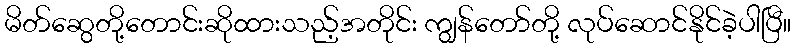
မိတ်ဆွေတို့တောင်းဆိုထားသည့်အတိုင်း ကျွန်တော်တို့ လုပ်ဆောင်နိုင်ခဲ့ပါပြီ။